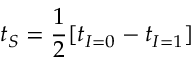
t _ { S } = \frac { 1 } { 2 } [ t _ { I = 0 } - t _ { I = 1 } ]